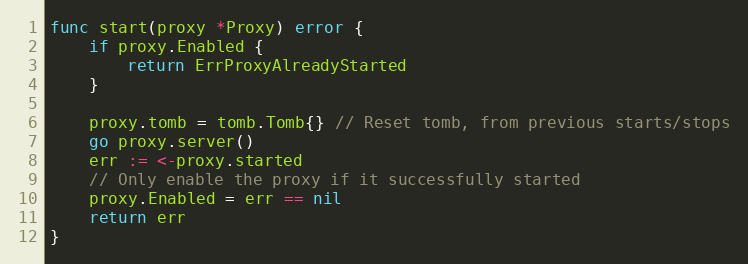
Language: Go
func start(proxy *Proxy) error {
	if proxy.Enabled {
		return ErrProxyAlreadyStarted
	}

	proxy.tomb = tomb.Tomb{} // Reset tomb, from previous starts/stops
	go proxy.server()
	err := <-proxy.started
	// Only enable the proxy if it successfully started
	proxy.Enabled = err == nil
	return err
}